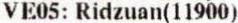
VE05: RIDZUAN(11900)